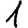
Digit: 1